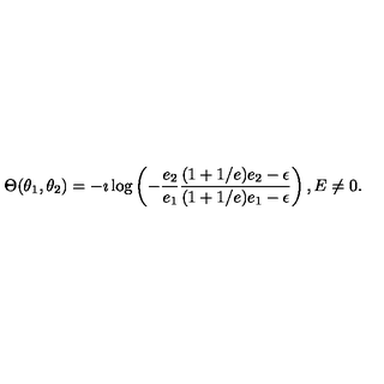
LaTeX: \Theta ( \theta _ { 1 } , \theta _ { 2 } ) = - \imath \log \left( - \frac { e _ { 2 } } { e _ { 1 } } \frac { ( 1 + 1 / e ) e _ { 2 } - \epsilon } { ( 1 + 1 / e ) e _ { 1 } - \epsilon } \right) , E \neq 0 .